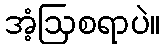
အံ့ဩစရာပဲ။